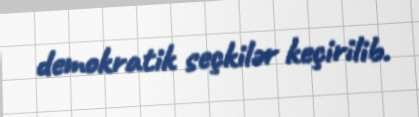
demokratik seçkilər keçirilib.